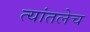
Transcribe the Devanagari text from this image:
त्यांतलेच